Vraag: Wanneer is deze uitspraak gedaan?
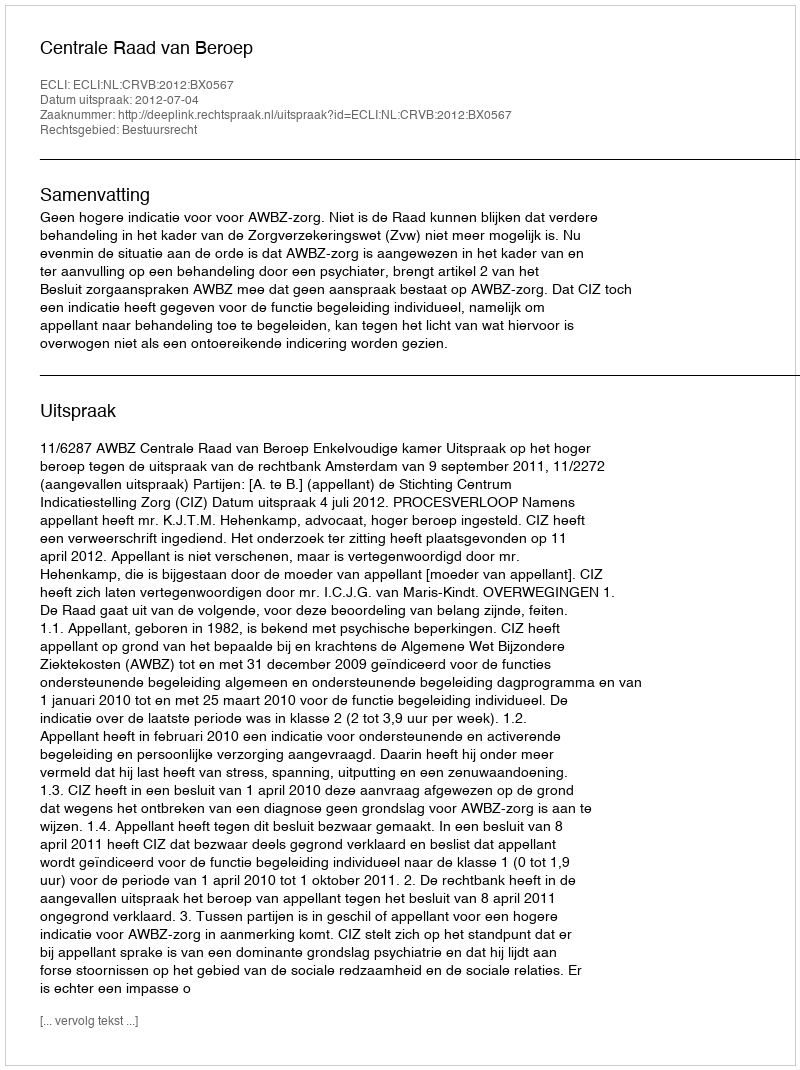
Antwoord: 2012-07-04